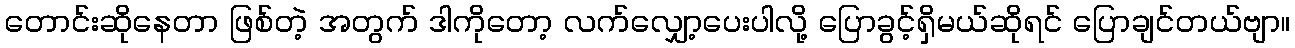
တောင်းဆိုနေတာ ဖြစ်တဲ့ အတွက် ဒါကိုတော့ လက်လျှော့ပေးပါလို့ ပြောခွင့်ရှိမယ်ဆိုရင် ပြောချင်တယ်ဗျာ။